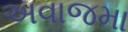
અવાજમા